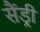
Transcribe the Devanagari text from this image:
सैंड्री